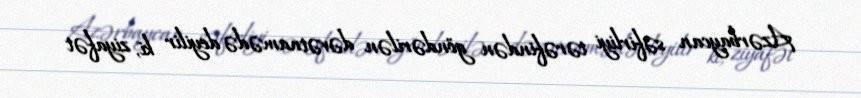
Azərbaycan səfirliyi tərəfindən göndərilən dəvətnamədə deyilir ki, ziyafət